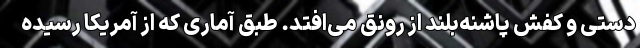
دستی و کفش پاشنه‌بلند از رونق می‌افتد. طبق آماری که از آمریکا رسیده